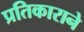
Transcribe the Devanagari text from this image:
प्रतिकाराने